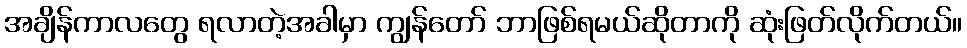
အချိန်ကာလတွေ ရလာတဲ့အခါမှာ ကျွန်တော် ဘာဖြစ်ရမယ်ဆိုတာကို ဆုံးဖြတ်လိုက်တယ်။